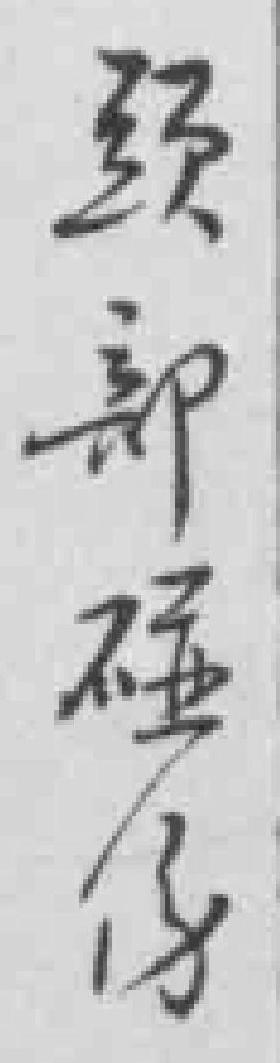
颈部碰傷